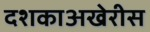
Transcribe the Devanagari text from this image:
दशकाअखेरीस